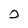
Character: D